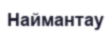
Наймантау